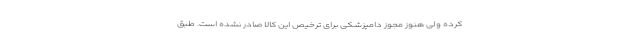
کرده ولی هنوز مجوز دامپزشکی برای ترخیص این کالا صادر نشده است. طبق